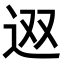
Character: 𨑱